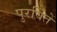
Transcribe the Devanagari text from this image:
पुरवितें